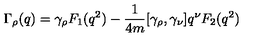
\Gamma _ { \rho } ( q ) = \gamma _ { \rho } F _ { 1 } ( q ^ { 2 } ) - \frac { 1 } { 4 m } [ \gamma _ { \rho } , \gamma _ { \nu } ] q ^ { \nu } F _ { 2 } ( q ^ { 2 } )